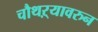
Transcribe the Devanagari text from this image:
चौथऱ्यावरुन